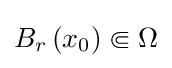
B_{r}\left(x_{0}\right)\Subset \Omega